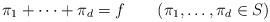
LaTeX: \begin{align*} \pi_1 + \cdots + \pi_d = f \qquad(\pi_1,\dots,\pi_d\in S)\end{align*}